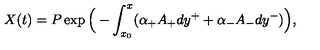
X ( t ) = P \exp \Big ( - \int _ { x _ { 0 } } ^ { x } ( \alpha _ { + } A _ { + } d y ^ { + } + \alpha _ { - } A _ { - } d y ^ { - } ) \Big ) ,